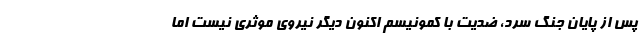
پس از پایان جنگ سرد، ضدیت با کمونیسم اکنون دیگر نیروی موثری نیست اما